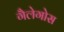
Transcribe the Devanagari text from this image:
गैलेगोस